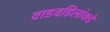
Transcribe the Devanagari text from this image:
वाडवडिलांकडे